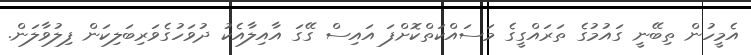
އެމީހުން ތިބޭނީ ގައުމުގެ ތަރައްގީގެ މަސައްކަތްކޮށްފަ އައިސް ގޭގަ އާއިލާއެކު ދުވަހުގެވަރިބަލިކަން ފިލުވާލަން.